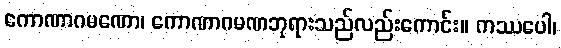
ကောဏာဂမဏော၊ ကောဏာဂမဏဘုရားသည်လည်းကောင်း။ ကဿပေါ၊